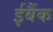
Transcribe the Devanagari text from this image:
ईबैंक